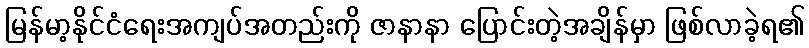
မြန်မာ့နိုင်ငံရေးအကျပ်အတည်းကို ဇာနာနာ ပြောင်းတဲ့အချိန်မှာ ဖြစ်လာခဲ့ရ၏